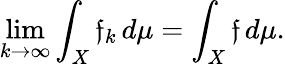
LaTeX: \operatorname*{lim}_{k\to\infty}\int_{X}\mathfrak{f}_{k}\, d\mu=\int_{X}\mathfrak{f}\, d\mu.